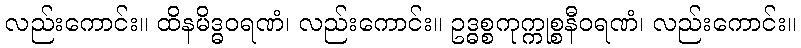
လည်းကောင်း။ ထိနမိဒ္ဓဝရဏံ၊ လည်းကောင်း။ ဥဒ္ဓစ္စကုက္ကုစ္စနီဝရဏံ၊ လည်းကောင်း။